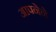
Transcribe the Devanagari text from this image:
आपनेने